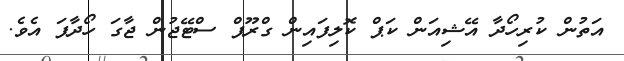
އަތުން ކުރިހޯދާ އޭޝިއަން ކަޕް ކޮލިފައިން ގްރޫޕް ސްޓޭޖުން ޖާގަ ހޯދާފަ އެވެ.